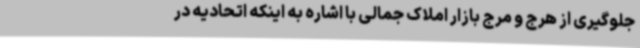
جلوگیری از هرج و مرج بازار املاک جمالی با اشاره به اینکه اتحادیه در